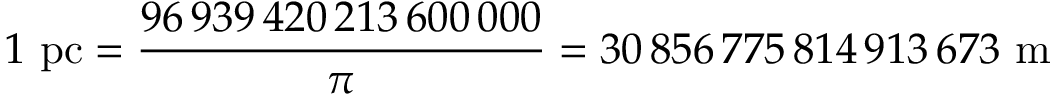
1 { \mathrm { ~ p c } } = { \frac { 9 6 \, 9 3 9 \, 4 2 0 \, 2 1 3 \, 6 0 0 \, 0 0 0 } { \pi } } = 3 0 \, 8 5 6 \, 7 7 5 \, 8 1 4 \, 9 1 3 \, 6 7 3 { \mathrm { ~ m } }